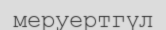
меруертгүл